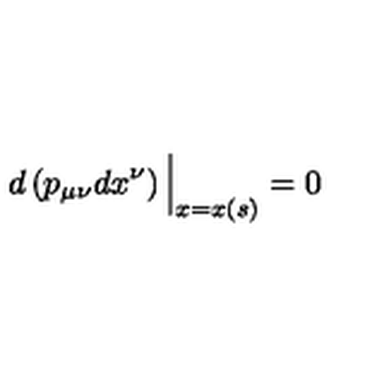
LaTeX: d \left( p _ { \mu \nu } d x ^ { \nu } \right) \Big \vert _ { x = x ( s ) } = 0